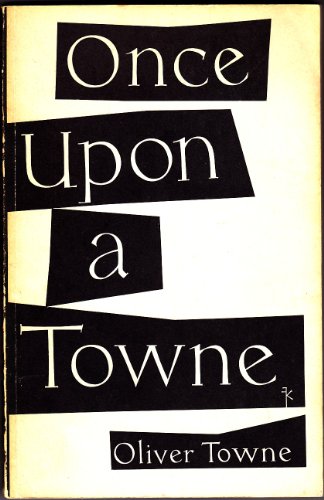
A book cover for Once Upon a Towne; Oliver  Towne; Travel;